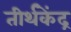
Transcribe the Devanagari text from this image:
तीर्थकेंद्र